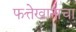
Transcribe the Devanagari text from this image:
फत्तेखानाचा